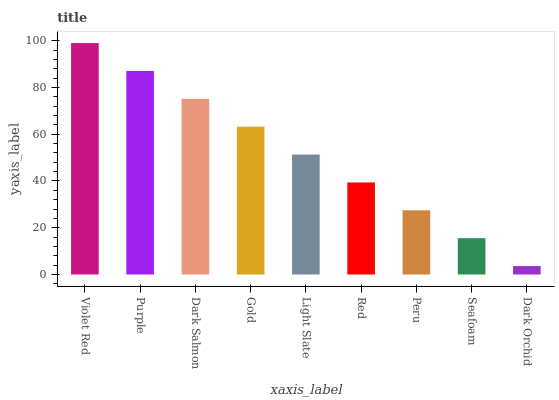
| xaxis_label | bars |
 | --- | --- |
 | Violet Red | 99 |
 | Purple | 87.1 |
 | Dark Salmon | 75.2 |
 | Gold | 63.2 |
 | Light Slate | 51.3 |
 | Red | 39.4 |
 | Peru | 27.5 |
 | Seafoam | 15.5 |
 | Dark Orchid | 3.61 |